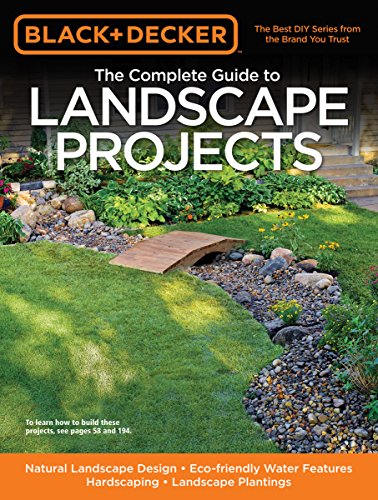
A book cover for Black & Decker The Complete Guide to Landscape Projects (Black & Decker Complete Guide); Crafts, Hobbies & Home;